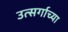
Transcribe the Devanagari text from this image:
उत्सर्गाच्या